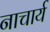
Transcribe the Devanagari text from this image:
नाचार्य